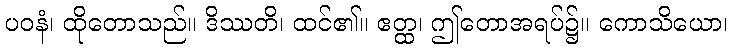
ပဝနံ၊ ထိုတောသည်။ ဒိဿတိ၊ ထင်၏။ ဧတ္ထ၊ ဤတောအရပ်၌။ ကောသိယော၊